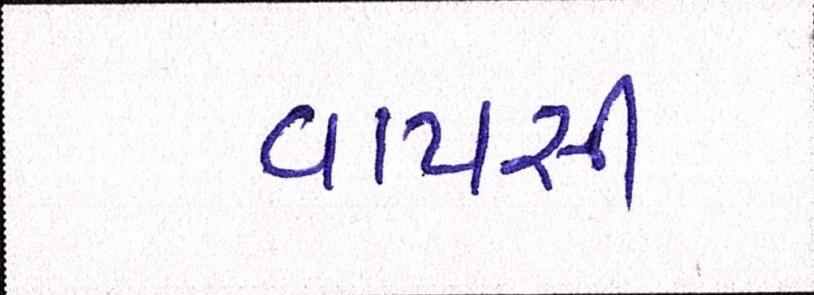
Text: વાપસી